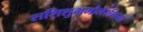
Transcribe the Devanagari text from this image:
शशिशुभ्रमौलैर्भक्त्या